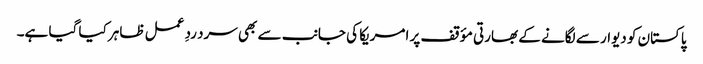
پاکستان کو دیوار سے لگانے کے بھارتی مؤقف پر امریکا کی جانب سے بھی سرد ردِ عمل ظاہر کیا گیا ہے۔